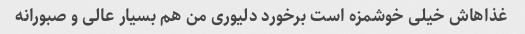
غذاهاش خیلی خوشمزه است برخورد دلیوری من هم بسیار عالی و صبورانه